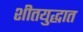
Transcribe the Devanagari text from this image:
शीतयुद्धात